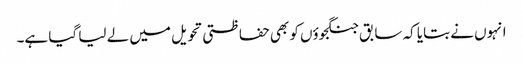
انہوں نے بتایا کہ سابق جنگجوؤں کو بھی حفاظتی تحویل میں لے لیا گیا ہے۔